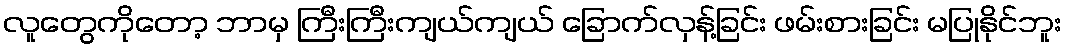
လူတွေကိုတော့ ဘာမှ ကြီးကြီးကျယ်ကျယ် ခြောက်လှန့်ခြင်း ဖမ်းစားခြင်း မပြုနိုင်ဘူး